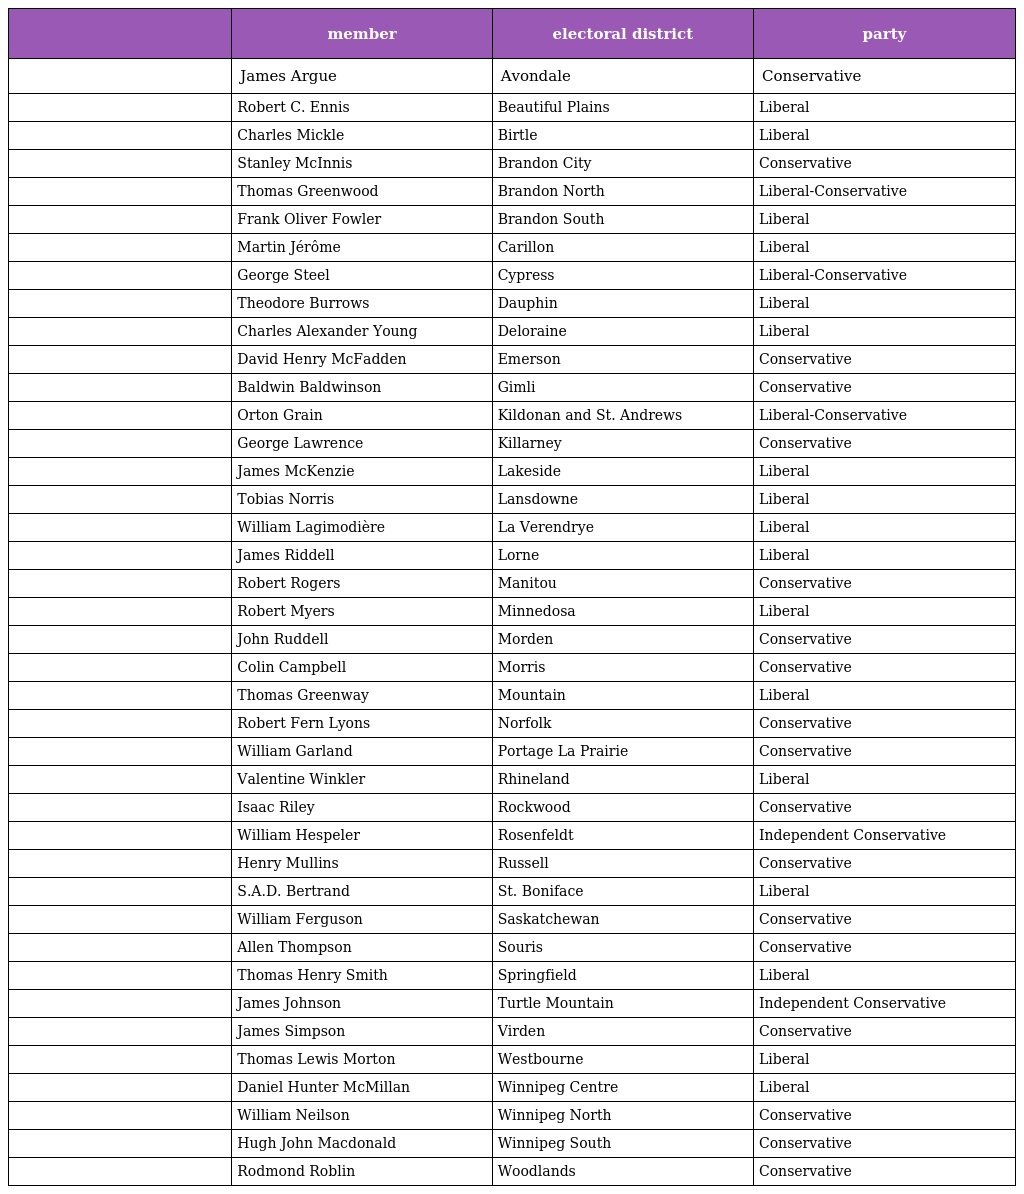
|  | member | electoral district | party |
 | --- | --- | --- | --- |
 |  | James Argue | Avondale | Conservative |
 |  | Robert C. Ennis | Beautiful Plains | Liberal |
 |  | Charles Mickle | Birtle | Liberal |
 |  | Stanley McInnis | Brandon City | Conservative |
 |  | Thomas Greenwood | Brandon North | Liberal-Conservative |
 |  | Frank Oliver Fowler | Brandon South | Liberal |
 |  | Martin Jérôme | Carillon | Liberal |
 |  | George Steel | Cypress | Liberal-Conservative |
 |  | Theodore Burrows | Dauphin | Liberal |
 |  | Charles Alexander Young | Deloraine | Liberal |
 |  | David Henry McFadden | Emerson | Conservative |
 |  | Baldwin Baldwinson | Gimli | Conservative |
 |  | Orton Grain | Kildonan and St. Andrews | Liberal-Conservative |
 |  | George Lawrence | Killarney | Conservative |
 |  | James McKenzie | Lakeside | Liberal |
 |  | Tobias Norris | Lansdowne | Liberal |
 |  | William Lagimodière | La Verendrye | Liberal |
 |  | James Riddell | Lorne | Liberal |
 |  | Robert Rogers | Manitou | Conservative |
 |  | Robert Myers | Minnedosa | Liberal |
 |  | John Ruddell | Morden | Conservative |
 |  | Colin Campbell | Morris | Conservative |
 |  | Thomas Greenway | Mountain | Liberal |
 |  | Robert Fern Lyons | Norfolk | Conservative |
 |  | William Garland | Portage La Prairie | Conservative |
 |  | Valentine Winkler | Rhineland | Liberal |
 |  | Isaac Riley | Rockwood | Conservative |
 |  | William Hespeler | Rosenfeldt | Independent Conservative |
 |  | Henry Mullins | Russell | Conservative |
 |  | S.A.D. Bertrand | St. Boniface | Liberal |
 |  | William Ferguson | Saskatchewan | Conservative |
 |  | Allen Thompson | Souris | Conservative |
 |  | Thomas Henry Smith | Springfield | Liberal |
 |  | James Johnson | Turtle Mountain | Independent Conservative |
 |  | James Simpson | Virden | Conservative |
 |  | Thomas Lewis Morton | Westbourne | Liberal |
 |  | Daniel Hunter McMillan | Winnipeg Centre | Liberal |
 |  | William Neilson | Winnipeg North | Conservative |
 |  | Hugh John Macdonald | Winnipeg South | Conservative |
 |  | Rodmond Roblin | Woodlands | Conservative |